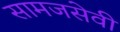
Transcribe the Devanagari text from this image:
सामजसेवी